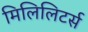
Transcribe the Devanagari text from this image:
मिलिलिटर्स